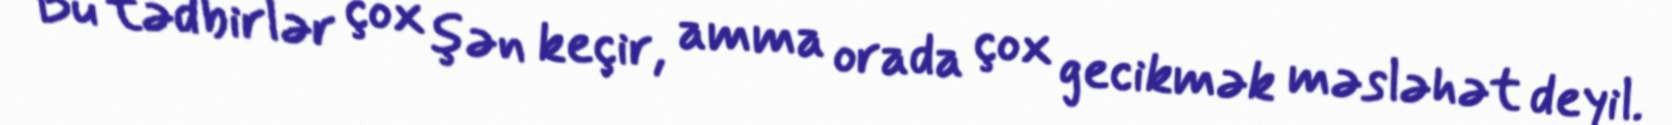
Bu tədbirlər çox şən keçir, amma orada çox gecikmək məsləhət deyil.